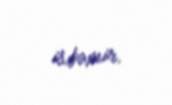
istəmir.